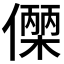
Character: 𬿼